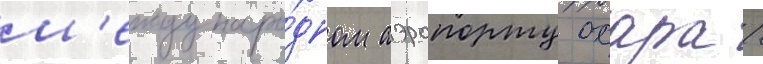
м'еждунаро́дном аэропорту охара /